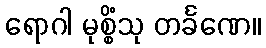
ရောဂါ မုစ္စိံသု တင်္ခဏေ။